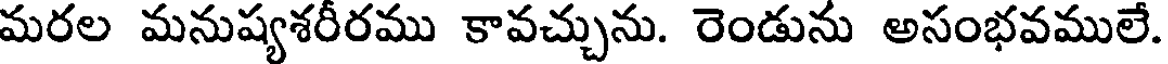
మరల మనుష్యశరీరము కావచ్చును. రెండును అసంభవములే.